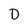
Character: D